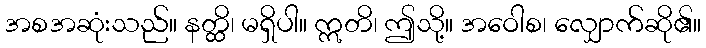
အစအဆုံးသည်။ နတ္ထိ၊ မရှိပါ။ ဣတိ၊ ဤသို့။ အဝေါစ၊ လျှောက်ဆို၏။